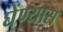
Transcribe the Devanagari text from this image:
घेंण्यास